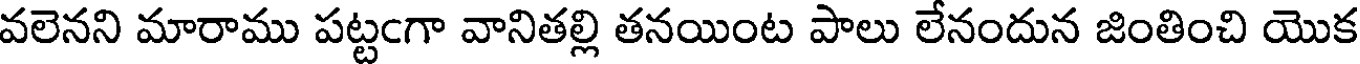
వలెనని మారాము పట్టఁగా వానితల్లి తనయింట పాలు లేనందున జింతించి యొక